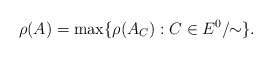
\begin{align*}\rho(A)=\max\{\rho(A_C):C\in E^0/\!\!\sim\}.\end{align*}